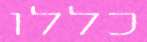
כללו